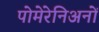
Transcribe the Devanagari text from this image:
पोमेरेनिअनों